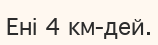
Ені 4 км-дей.